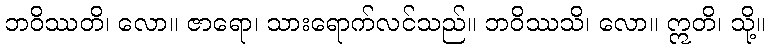
ဘဝိဿတိ၊ လော။ ဇာရော၊ သားရောက်လင်သည်။ ဘဝိဿသိ၊ လော။ ဣတိ၊ သို့။